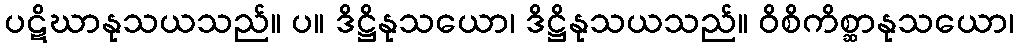
ပဋိဃာနုသယသည်။ ပ။ ဒိဋ္ဌိနုသယော၊ ဒိဋ္ဌိနုသယသည်။ ဝိစိကိစ္ဆာနုသယော၊